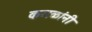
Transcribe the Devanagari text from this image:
कमळांनी